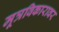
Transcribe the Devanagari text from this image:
मूत्रविकारावर